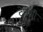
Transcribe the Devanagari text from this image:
टेनसी